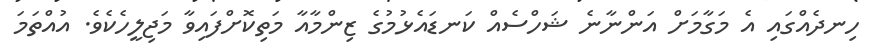
ހިނދެއްގައި އެ މަގާމަށް އަންނާނެ ޝަހްސެއް ކަނޑައެޅުމުގެ ޒިންމާއާ މަތިކޮށްފައިވާ މަޖިލީހެކެވެ. އުއްތަމަ